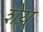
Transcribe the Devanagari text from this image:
शेय्र्र